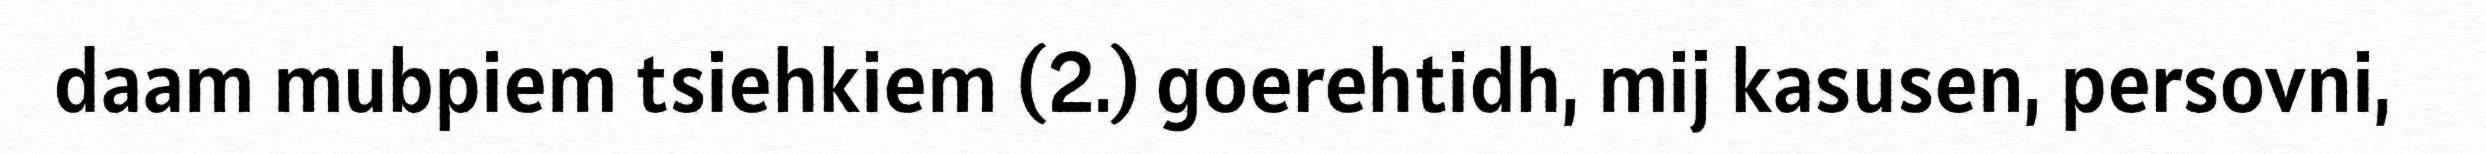
daam mubpiem tsiehkiem (2.) goerehtidh, mij kasusen, persovni,